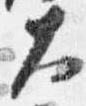
大